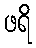
ဖရိ